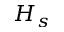
H _ { s }